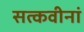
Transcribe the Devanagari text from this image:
सत्कवीनां